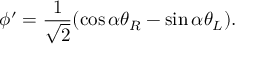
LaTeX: \phi ^ { \prime } = \frac { 1 } { \sqrt { 2 } } ( \cos \alpha \theta _ { R } - \sin \alpha \theta _ { L } ) .